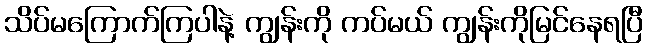
သိပ်မကြောက်ကြပါနဲ့ ကျွန်းကို ကပ်မယ် ကျွန်းကိုမြင်နေရပြီ